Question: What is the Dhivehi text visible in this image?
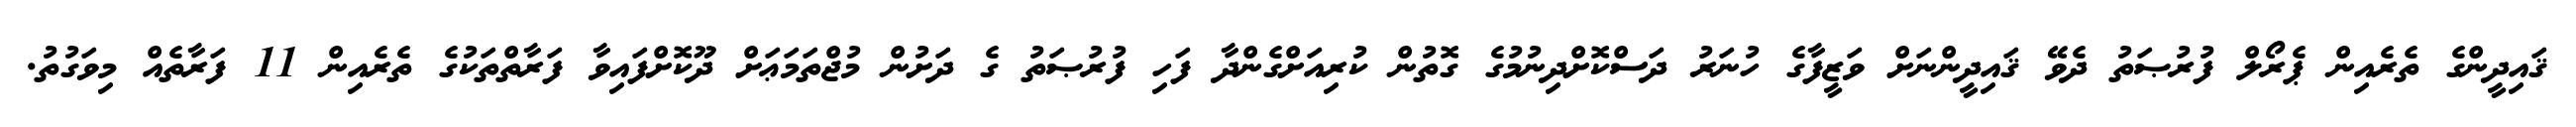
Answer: ޤައިދީންގެ ތެރެއިން ޕެރޯލް ފުރުޞަތު ދެވޭ ޤައިދީންނަށް ވަޒީފާގެ ހުނަރު ދަސްކޮށްދިނުމުގެ ގޮތުން ކުރިއަށްގެންދާ ފަހި ފުރުޞަތު ގެ ދަށުން މުޖްތަމަޢަށް ދޫކޮށްފައިވާ ފަރާތްތަކުގެ ތެރެއިން 11 ފަރާތެއް މިވަގުތު.